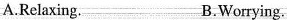
A.Relaxing. B.Worrying.